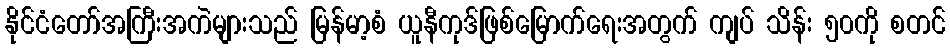
နိုင်ငံတော်အကြီးအကဲများသည် မြန်မာ့စံ ယူနီကုဒ်ဖြစ်မြောက်ရေးအတွက် ကျပ် သိန်း ၅၀ကို စတင်